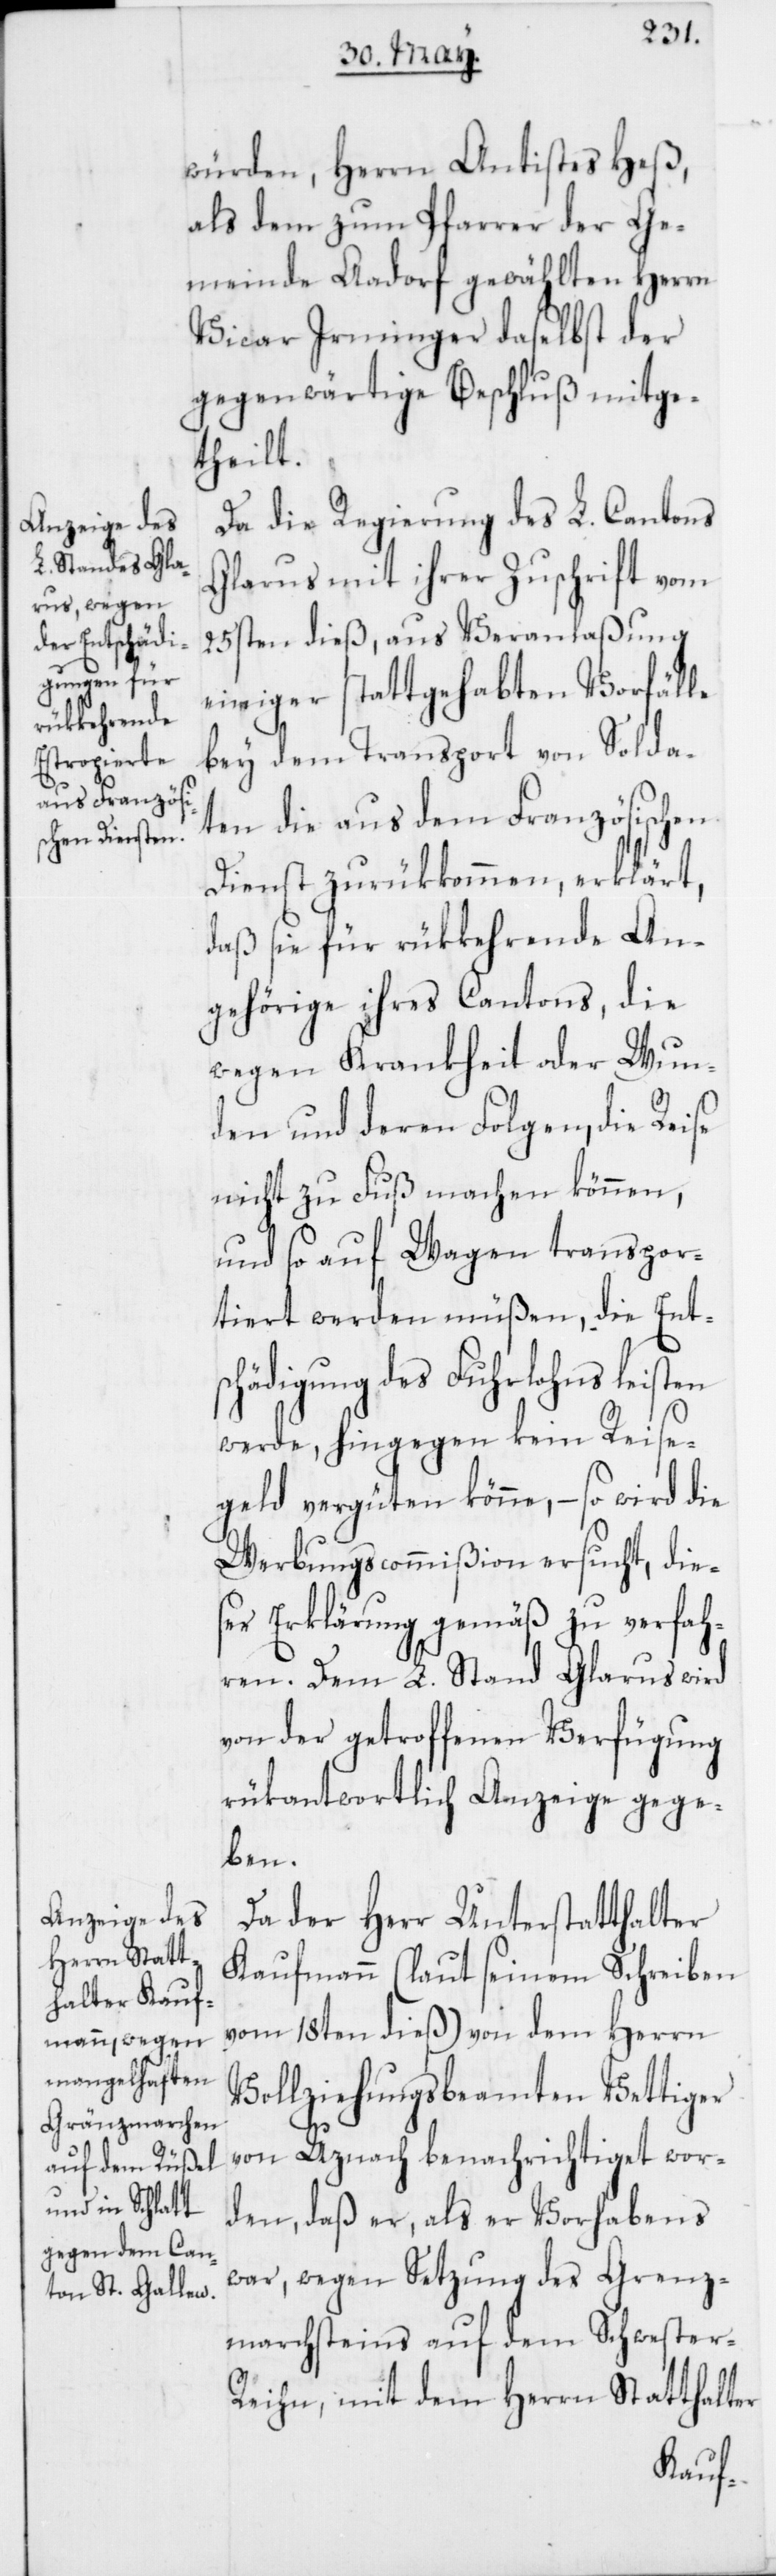
würden, Herrn Antistes Heß,
als dem zum Pfarrer der Ge¬
Vicar Irminger daselbst der
gegenwärtige Beschluß mitge¬
theilt.
Da die Regierung des L. Cantons
Glarus mit ihrer Zuschrift vom
25sten dieß, aus Veranlaßung
einiger stattgehabten Vorfälle
bey dem Transport von Solda¬
ten die aus dem Französischen
Dienst zurükkommen, erklärt,
daß sie für rükkehrende An¬
gehörige ihres Cantons, die
wegen Krankheit oder Wun¬
den und deren Folgen, die Reise
nicht zu Fuß machen können,
und so auf Wagen transpor¬
tiert werden müßen, die Entsc¬
hädigung des Fuhrlohns leisten
werde, hingegen kein Reise¬
geld vergüten könne, – so wird die
Werbungscommißion ersucht, dies¬
er Erklärung gemäß zu verfah¬
ren. Dem L. Stand Glarus wird
von der getroffenen Verfügung
rükantwortlich Anzeige gege¬
ben.
Da der Herr Unterstatthalter
Kaufmann (laut seinem Schreiben
vom 18ten dieß) von dem Herrn
Vollziehungsbeamten Vettiger
von Uznach benachrichtiget wor¬
den, daß er, als er Vorhabens
war, wegen Setzung des Grenz¬
marchsteins auf dem Schwester-R¬
eihn, mit dem Herrn Statthalter